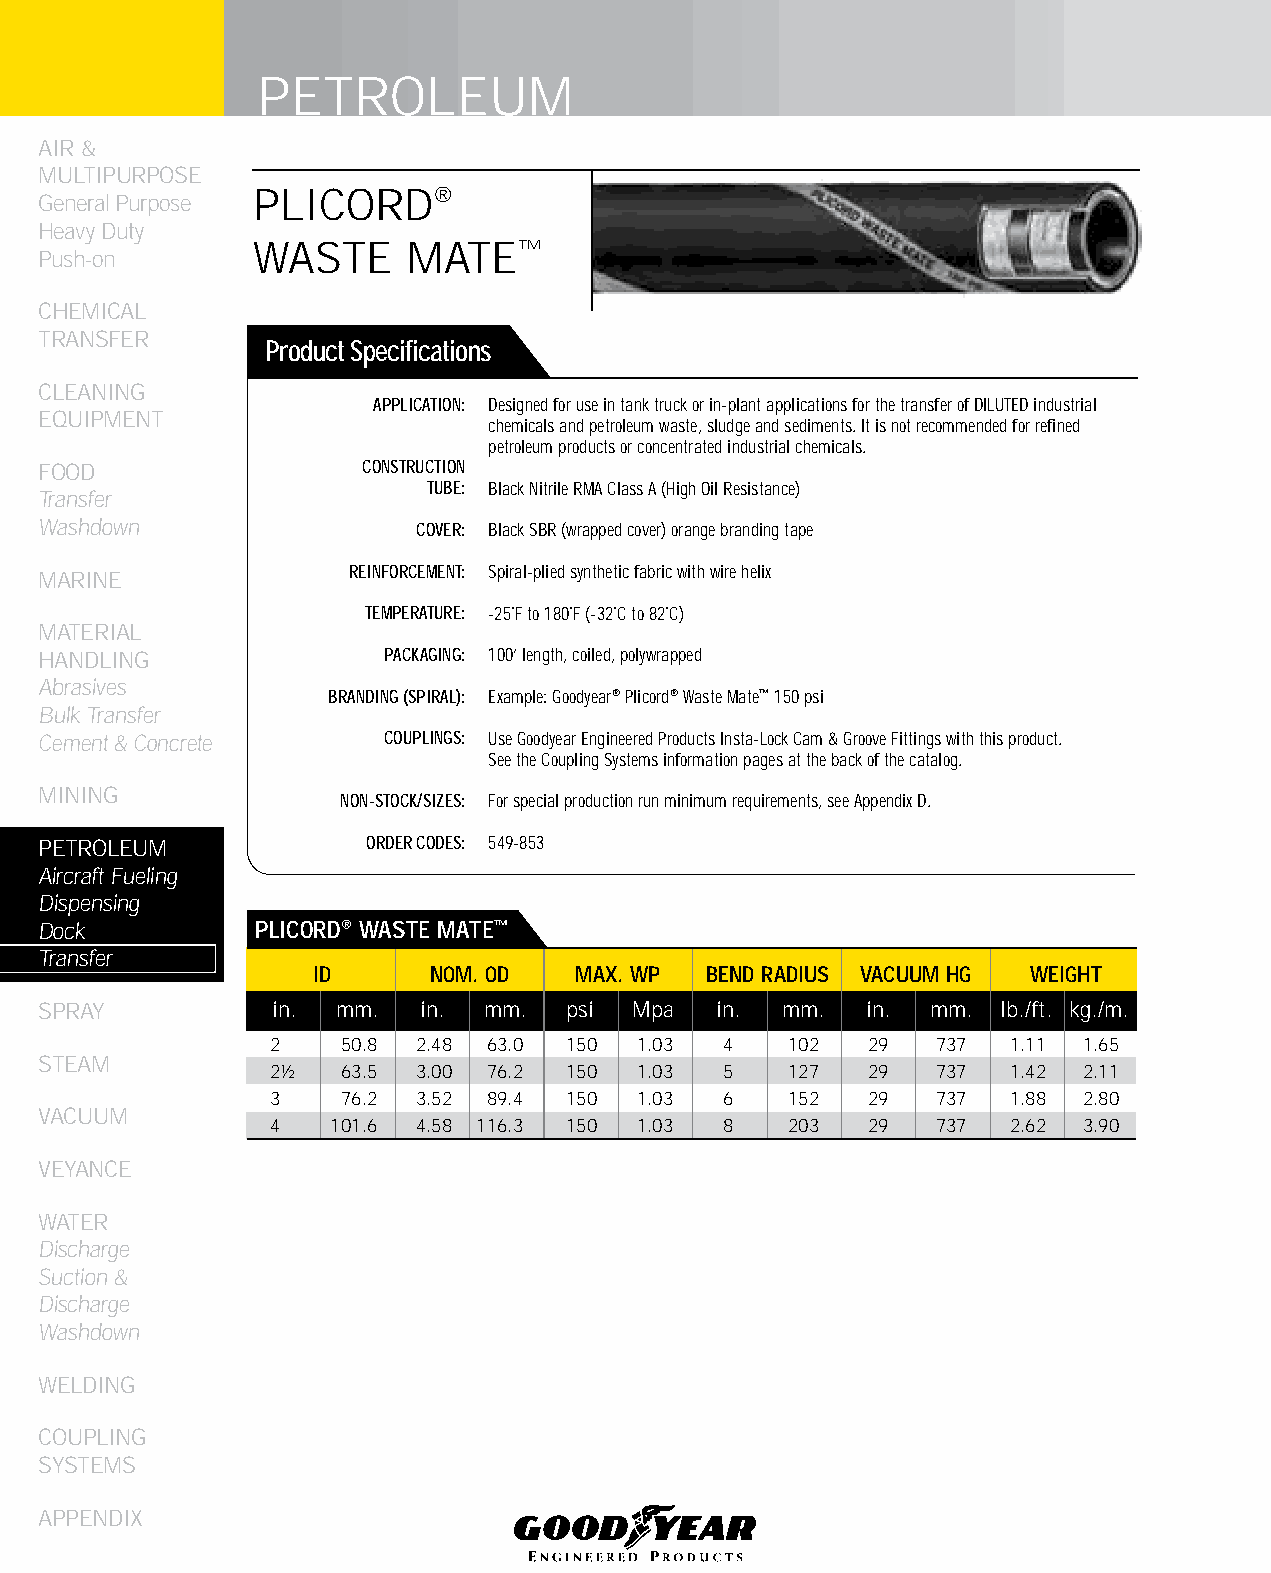
PETROLEUM
 AIR &
 MULTIPURPOSE
 PLICORD®
 General Purpose
 Heavy Duty
 WASTE     MATE™
 Push-on
 CHEMICAL
 TRANSFER
 Product Specifications
 CLEANING
 APPLICATION: Designed for use in tank truck or in-plant applications for the transfer of DILUTED industrial
 EqUIPMENT
 chemicals and petroleum waste, sludge and sediments. It is not recommended for refined
 petroleum products or concentrated industrial chemicals.
 FOOD                 CONSTRUCTION
 TUBE: Black Nitrile RMA Class A (High Oil Resistance)
 Transfer
 Washdown                 COVER: Black SBR (wrapped cover) orange branding tape
 REINFORCEMENT: Spiral-plied synthetic fabric with wire helix
 MARINE
 TEMPERATURE: -25˚F to 180˚F (-32˚C to 82˚C)
 MATERIAL
 HANDLING               PACKAGING: 100’ length, coiled, polywrapped
 Abrasives
 BRANDING (SPIRAL): Example: Goodyear® Plicord® Waste Mate™ 150 psi
 Bulk Transfer
 Cement & Concrete      COUPLINGS: Use Goodyear Engineered Products Insta-Lock Cam & Groove Fittings with this product.
 See the Coupling Systems information pages at the back of the catalog.
 MINING
 NON-STOCK/SIZES: For special production run minimum requirements, see Appendix D.
 PETROLEUM            ORDER CODES: 549-853
 Aircraft Fueling
 Dispensing
 Dock          PLICORD® WASTE MATE™
 Transfer
 ID      NOM. OD  MAX. WP  bEND RADIUS VACUUM HG WEIGHT
 SPRAY          in. mm.   in. mm.   psi Mpa  in.  mm.  in.  mm. lb./ft. kg./m.
 2    50.8 2.48 63.0 150 1.03  4   102   29  737  1.11 1.65
 STEAM
 2½   63.5 3.00 76.2 150 1.03  5   127   29  737  1.42 2.11
 3    76.2 3.52 89.4 150 1.03  6   152   29  737  1.88 2.80
 VACUUM
 4   101.6 4.58 116.3 150 1.03 8   203   29  737  2.62 3.90
 VEYANCE
 WATER
 Discharge
 Suction &
 Discharge
 Washdown
 WELDING
 COUPLING
 SYSTEMS
 APPENDIX
 190